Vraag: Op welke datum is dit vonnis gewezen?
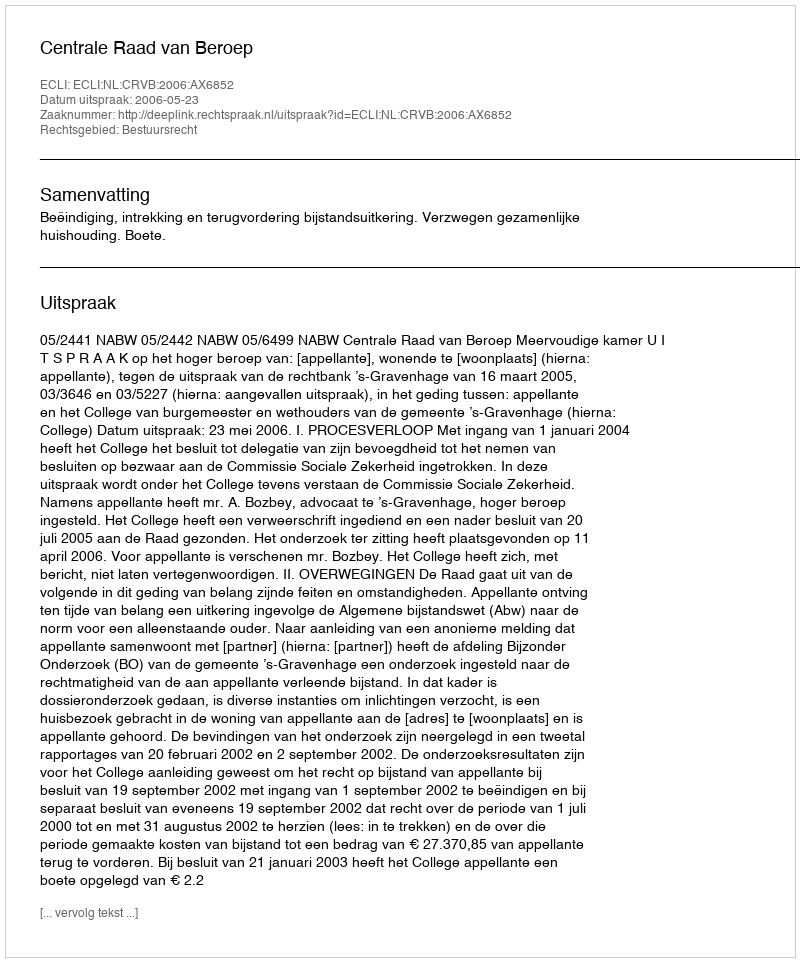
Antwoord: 2006-05-23